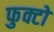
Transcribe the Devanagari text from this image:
फुक्टो